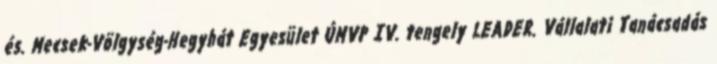
és. Mecsek-Völgység-Hegyhát Egyesület ÚMVP IV. tengely LEADER. Vállalati Tanácsadás